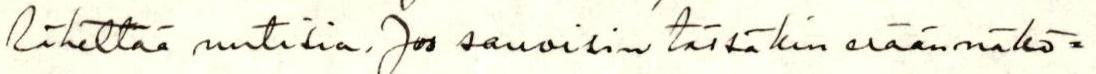
lähettää uutisia. Jos sanoisin tässäkin erään näkö=